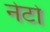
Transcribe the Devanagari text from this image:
नेटो